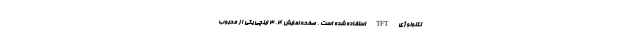
تکنولوژی TFT استفاده شده است . صفحه نمایش 4. 3 اینچی یکی از محبوب